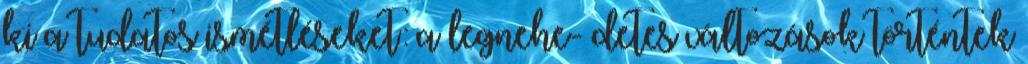
ki a tudatos ismétléseket: a legnehe- detes változások történtek